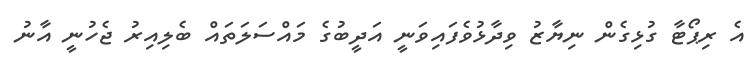
އެ ރިޕޯޓާ ގުޅިގެން ނިޔާޒު ވިދާޅުވެފައިވަނީ އަދީބުގެ މައްސަލަތައް ބެލިއިރު ޖެހުނީ އާނު